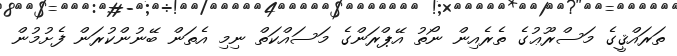
ތަރައްޤީގެ މަސްރޫޢުގެ ތެރެއިން ނޯތު އޭޕްރަންގެ މަސައްކަތް ނިމި އެތަން ބޭނުންކުރަން ފެށުމުން